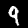
Label: 9